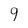
Character: 9